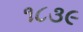
૧૮૩૯